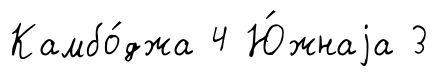
Камбо́джа 4 Ю́жнаjа 3